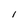
Character: 1